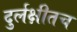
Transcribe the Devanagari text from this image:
दुर्लक्षीतच